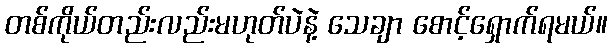
တစ်ကိုယ်တည်းလည်းမဟုတ်ပဲနဲ့ သေချာ စောင့်ရှောက်ရမယ်။